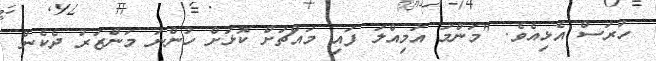
ހުރަސް އެޅިއެވެ. "މަންމަ އަމިއްލަ ފައި މައްޗަށް ކޮޅަށް ހުންނަ މަންޒަރު ދެކެން